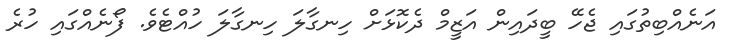
އަނެއްބިތުގައި ޖެހޭ ބީދައިން އަޒީމް ދެކޮޅަަށް ހިނގާލަ ހިނގާލަ ހުއްޓެވެ. ފޯނެއްގައި ހުރެ